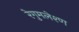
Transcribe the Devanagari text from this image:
रेगुमलेश्ण